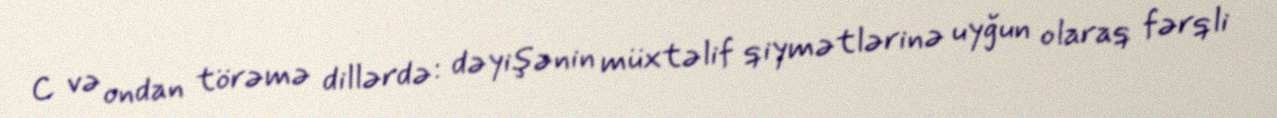
C və ondan törəmə dillərdə: dəyişənin müxtəlif qiymətlərinə uyğun olaraq fərqli